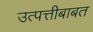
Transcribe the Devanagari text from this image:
उत्पत्तीबाबत